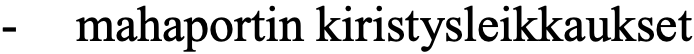
-  mahaportin kiristysleikkaukset